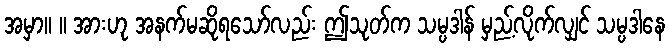
အမှာ။ ။ အားဟု အနက်မဆိုရသော်လည်း ဤသုတ်က သမ္ပဒါန် မှည့်လိုက်လျှင် သမ္ပဒါနေ